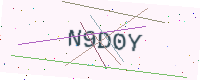
Text: N9D0Y